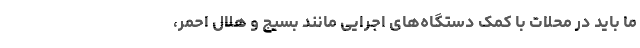
ما باید در محلات با کمک دستگاه‌های اجرایی مانند بسیج و هلال احمر،